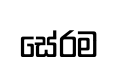
සේරම